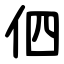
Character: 伵